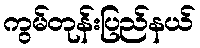
ကွမ်တုန်းပြည်နယ်